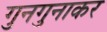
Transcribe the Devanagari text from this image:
गुनगुनाकर